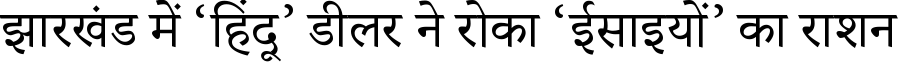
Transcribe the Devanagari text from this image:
झारखंड में ‘हिंदू’ डीलर ने रोका ‘ईसाइयों’ का राशन